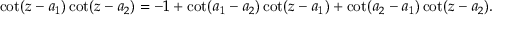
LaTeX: \cot ( z - a _ { 1 } ) \cot ( z - a _ { 2 } ) = - 1 + \cot ( a _ { 1 } - a _ { 2 } ) \cot ( z - a _ { 1 } ) + \cot ( a _ { 2 } - a _ { 1 } ) \cot ( z - a _ { 2 } ) .